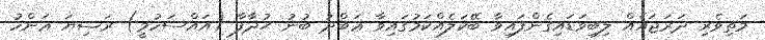
މަތިވެރި ދަރަޖައެއް ލިބިވަޑައިގެންފައިވާ ބޭކަލެއްކަމުގައިވާ ޢަބްދު ބުނު ޙުޛާފާ (އައްސަހުމީ) ރަޟިޔަ ޢަންހު